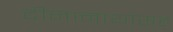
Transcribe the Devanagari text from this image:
दीनानाथांसह